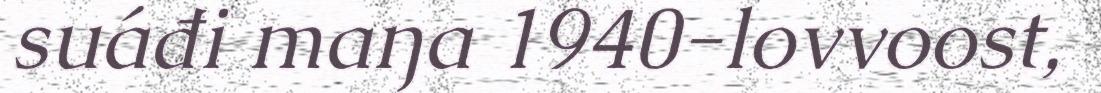
suáđi maŋa 1940-lovvoost,